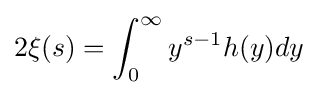
2\xi (s)=\int _{0}^{\infty }y^{s-1}h(y)dy